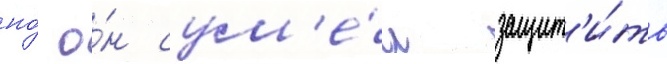
но́ о́н сум'е́л защит'и́ть